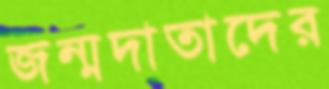
জন্মদাতাদের